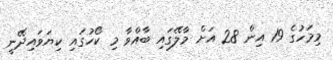
މިމަހުގެ 19 އިން 28 އަށް މާލޭގައި ބާއްވާ މި ކޯހުގައި ކިޔަވައިދޭނީ